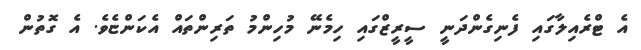
އެ ޓްރެއިލާގައި ފެނިގެންދަނީ ސީރީޒްގައި ހިމެނޭ މުހިންމު ތަރިންތައް އެކަންޏެވެ. އެ ގޮތުން